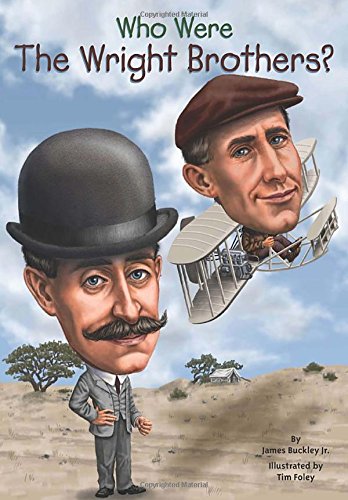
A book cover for Who Were the Wright Brothers? (Who Was...?); James Buckley; Children's Books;